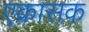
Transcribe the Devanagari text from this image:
एक्रासक